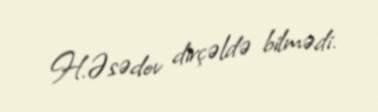
H.Əsədov dirçəldə bilmədi.